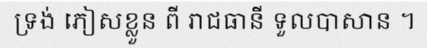
ទ្រង់ ភៀសខ្លួន ពី រាជធានី ទួលបាសាន ។